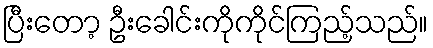
ပြီးတော့ ဦးခေါင်းကိုကိုင်ကြည့်သည်။